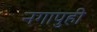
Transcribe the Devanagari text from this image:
नगापुही